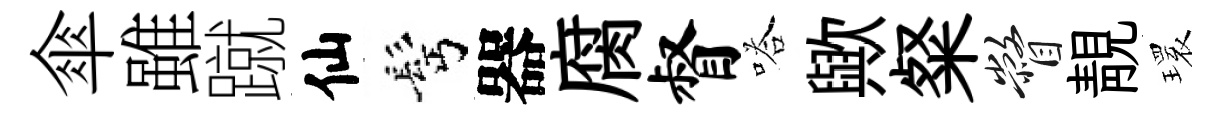
傘雖蹴仙髩器腐督嗒歟粲瞥靚𤨔